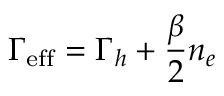
\Gamma _ { \mathrm { e f f } } = \Gamma _ { h } + \frac { \beta } { 2 } n _ { e }